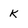
Character: K